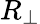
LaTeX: R_{\perp}